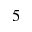
5